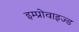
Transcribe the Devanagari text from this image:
इम्प्रोवाइज्ड